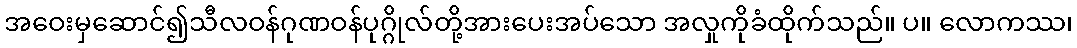
အဝေးမှဆောင်၍သီလဝန်ဂုဏဝန်ပုဂ္ဂိုလ်တို့အားပေးအပ်သော အလှုကိုခံထိုက်သည်။ ပ။ လောကဿ၊